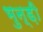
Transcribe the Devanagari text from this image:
भुन्ड़ी